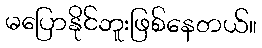
မပြောနိုင်ဘူးဖြစ်နေတယ်။